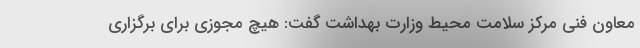
معاون فنی مرکز سلامت محیط وزارت بهداشت گفت: هیچ مجوزی برای برگزاری